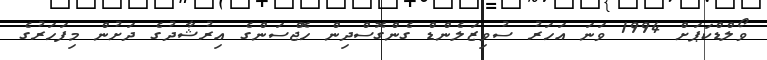
ވޯލްޑްކަޕަށް 1994 ވަނަ އަހަރު ސުވިޒަލެންޑް ގެންގޮސްދިން ހޮޖްސަންގެ އިރުޝާދުގެ ދަށުން މިފަހަރުގެ